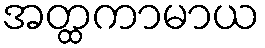
အတ္ထကာမာယ